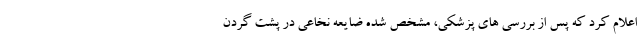
اعلام کرد که پس از بررسی های پزشکی، مشخص شده ضایعه نخاعی در پشت گردن